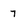
Character: 7